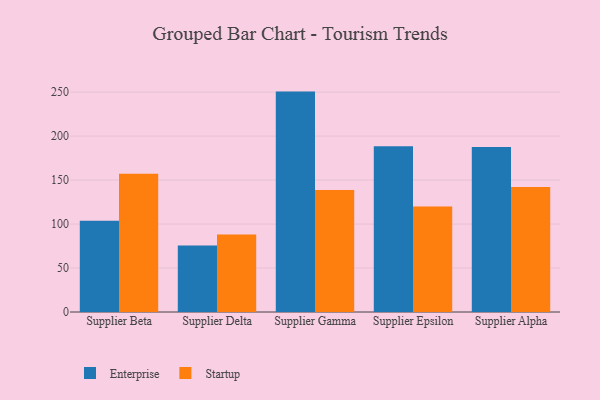
{"axis": {"x": "Supplier", "y": "Headcount"}, "legend": ["Enterprise", "Startup"], "data": [{"x": "Supplier Beta", "y": 103.7, "type": "Enterprise"}, {"x": "Supplier Beta", "y": 157.2, "type": "Startup"}, {"x": "Supplier Delta", "y": 75.7, "type": "Enterprise"}, {"x": "Supplier Delta", "y": 88.0, "type": "Startup"}, {"x": "Supplier Gamma", "y": 250.6, "type": "Enterprise"}, {"x": "Supplier Gamma", "y": 138.7, "type": "Startup"}, {"x": "Supplier Epsilon", "y": 188.4, "type": "Enterprise"}, {"x": "Supplier Epsilon", "y": 120.0, "type": "Startup"}, {"x": "Supplier Alpha", "y": 187.7, "type": "Enterprise"}, {"x": "Supplier Alpha", "y": 142.1, "type": "Startup"}]}